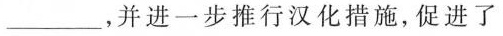
\underline，并进一步推行汉化措施，促进了